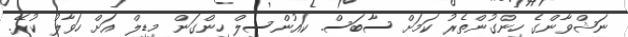
ނަޝްވާންގެ ހިންގުންތެރު ކަމަށް ސާބަސް. ކައުންސިލް ހިންގަން މިޑިލް އަށް ހަވާލު ކުރޭ.